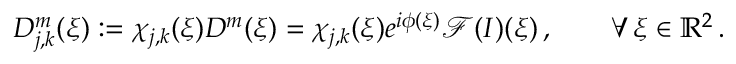
D _ { j , k } ^ { m } ( \boldsymbol { \xi } ) : = \chi _ { j , k } ( \boldsymbol { \xi } ) D ^ { m } ( \boldsymbol { \xi } ) \overset { } { = } \chi _ { j , k } ( \boldsymbol { \xi } ) e ^ { i \phi ( \boldsymbol { \xi } ) } \mathcal { F } ( I ) ( \boldsymbol { \xi } ) \, , \qquad \forall \, \boldsymbol { \xi } \in \mathbb { R } ^ { 2 } \, .